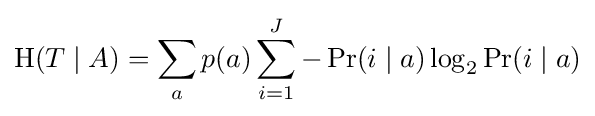
{\mathrm {H} (T\mid A)}=\sum _{a}p(a)\sum _{i=1}^{J}-\Pr(i\mid a)\log _{2}\Pr(i\mid a)